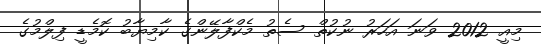
މިއީ 2012 ވަނަ އަހަރު ނުކުތް ސެތު މެކްފާލޭންގެ ކާމިޔާބު ކޮމެޑީ ފިލްމުގެ